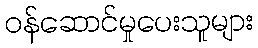
ဝန်ဆောင်မှုပေးသူများ